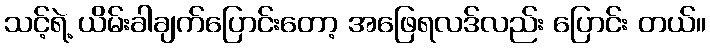
သင့်ရဲ့ ယိမ်းခါချက်ပြောင်းတော့ အဖြေရလဒ်လည်း ပြောင်း တယ်။